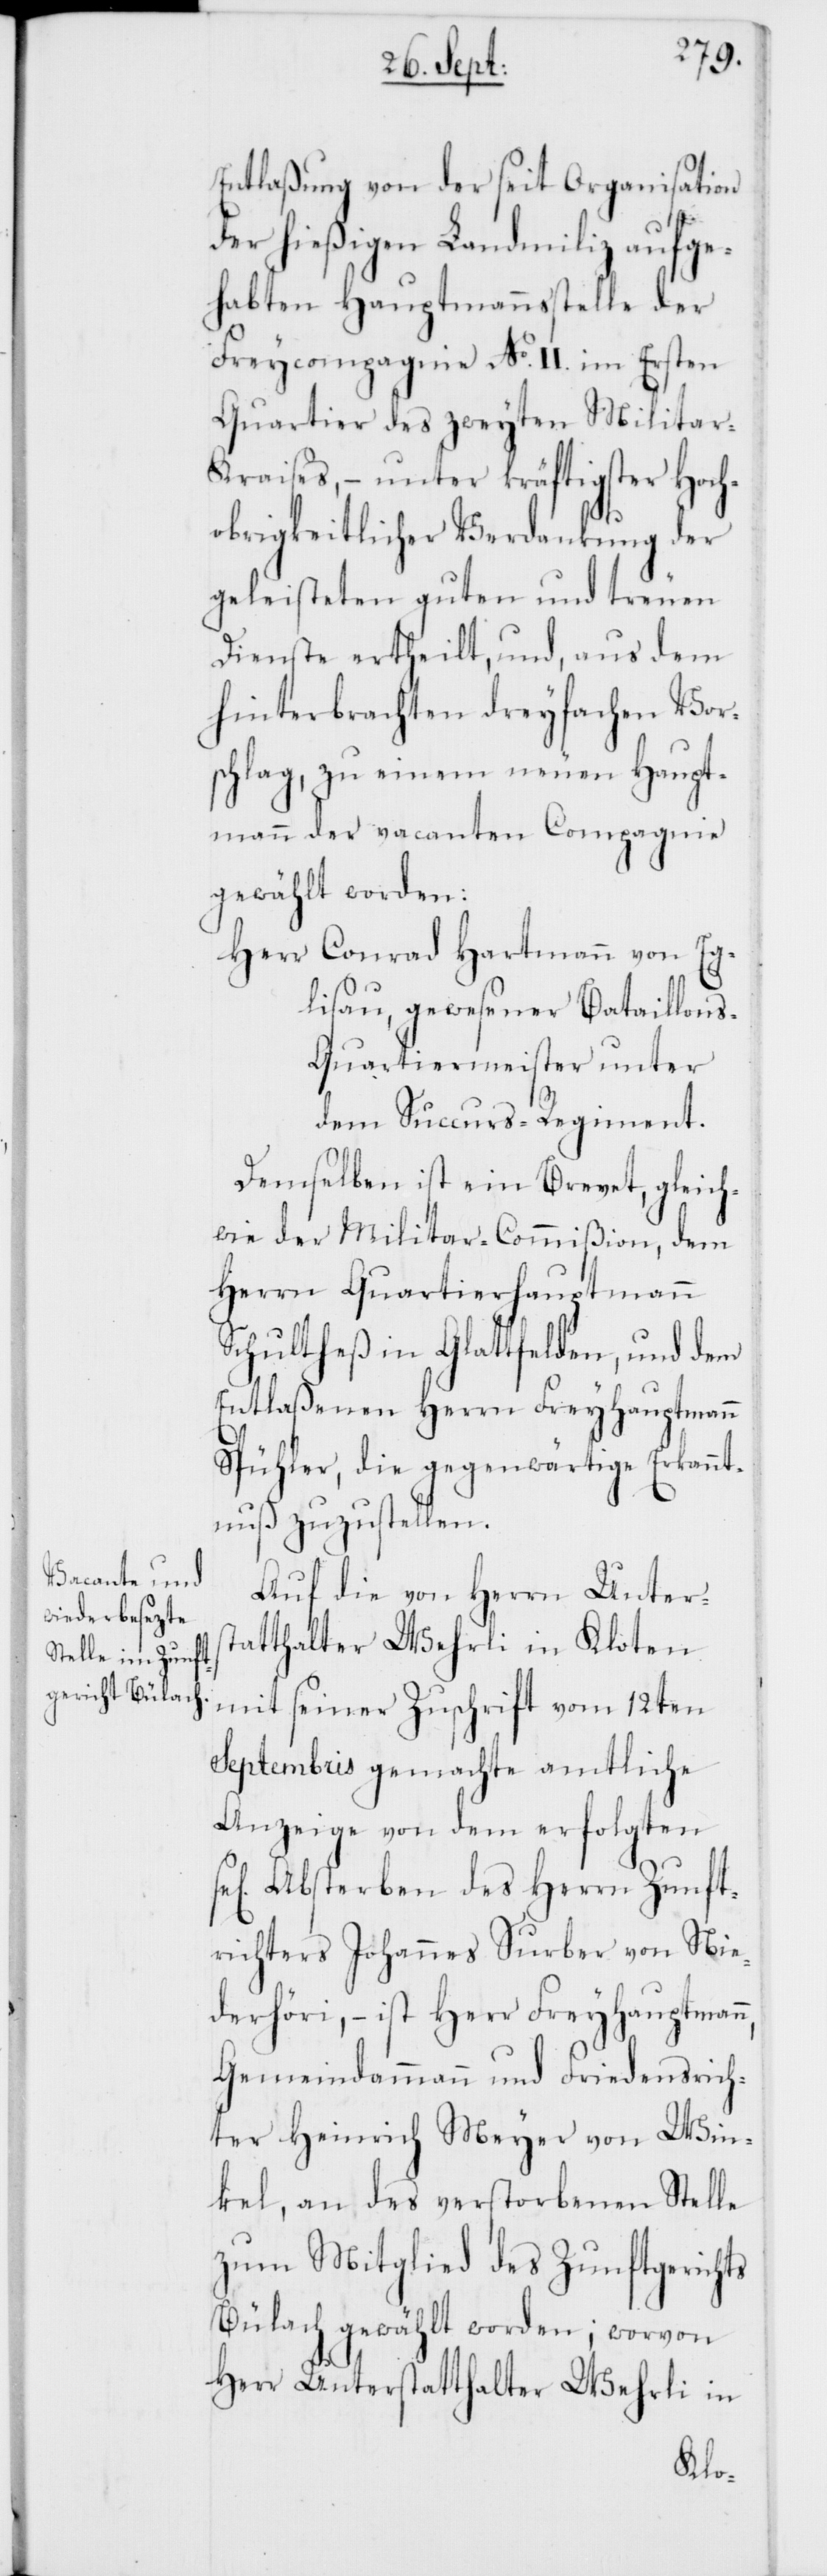
Entlaßung von der seit Organisation
der hießigen Landmiliz aufge¬
habten Hauptmannsstelle der
Freycompagnie No II. im Ersten
Quartier des zweyten Militar-K¬
raises, – unter kräftigster Hoch¬
obrigkeitlicher Verdankung der
geleisteten guten und treuen
Dienste ertheilt, und aus dem
hinterbrachten dreyfachen Vor¬
schlag, zu einem neuen Haupt¬
mann der vacanten Compagnie
gewählt worden:
Herr Conrad Hartmann von Eg¬
lisau, gewesener Bataillon¬
s-Quartiermeister unter
dem Succurs-Regiment.
Demselben ist ein Brevet, gleich¬
wie der Militar-Commißion, dem
Herrn Quartierhauptmann
Schultheß in Glattfelden, und dem
Entlaßenen Herrn Freyhauptmann
Spühler, die gegenwärtige Erkannt¬
nuß zuzustellen.
Auf die von Herrn Unters¬
tatthalter Wehrli in Kloten
mit seiner Zuschrift vom 12ten
Septembris gemachte amtliche
Anzeige von dem erfolgten
gen] Absterben des Herrn Zunft¬
richters Johannes Surber von Nie¬
derhöri, – ist Herr Freyhauptmann,
Gemeindammann und Friedensrich¬
ter Heinrich Meyer von Win¬
kel, an des verstorbenen Stelle
zum Mitglied des Zunftgerichts
Bülach gewählt worden; worvon
Herr Unterstatthalter Wehrli in
sel[i¬